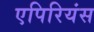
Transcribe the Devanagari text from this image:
एपिरियंस